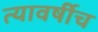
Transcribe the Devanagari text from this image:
त्यावर्षीच